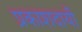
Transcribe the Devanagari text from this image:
प्रकाशदायी